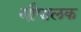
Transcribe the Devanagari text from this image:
गौपालक